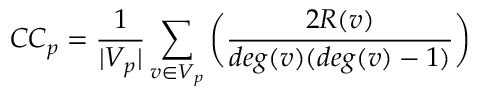
C C _ { p } = \frac { 1 } { | V _ { p } | } \sum _ { v \in V _ { p } } \bigg ( \frac { 2 R ( v ) } { d e g ( v ) ( d e g ( v ) - 1 ) } \bigg )